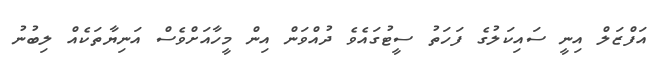
އަފްޒަލް އިނީ ސައިކަލުގެ ފަހަތު ސީޓުގައެވެ ދުއްވަން އިން މީހާއަށްވެސް އަނިޔާތަކެއް ލިބުނު